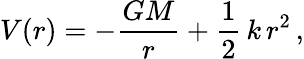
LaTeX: V(r)=-{\frac{GM}{r}}+{\frac{1}{2}}\, k\, r^{2}\, ,